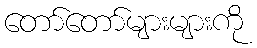
တော်တော်များများကို